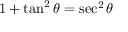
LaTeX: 1 + \tan ^ { 2 } \theta = \sec ^ { 2 } \theta